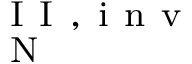
_ { \mathrm { ~ N ~ } } ^ { \mathrm { ~ I ~ I ~ , ~ i ~ n ~ v ~ } }